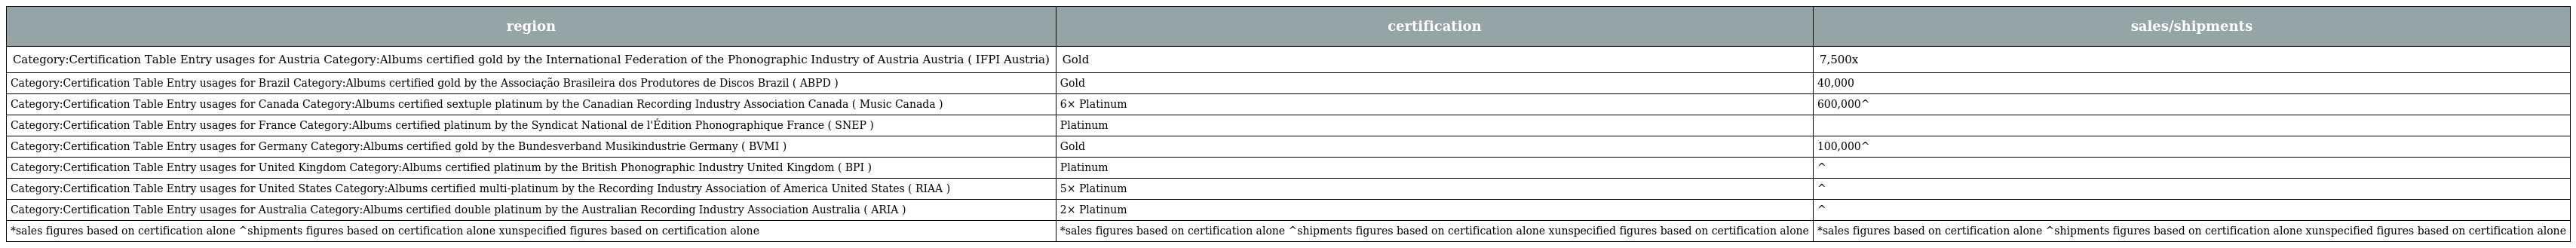
| region | certification | sales/shipments |
 | --- | --- | --- |
 | Category:Certification Table Entry usages for Austria Category:Albums certified gold by the International Federation of the Phonographic Industry of Austria Austria ( IFPI Austria) | Gold | 7,500x |
 | Category:Certification Table Entry usages for Brazil Category:Albums certified gold by the Associação Brasileira dos Produtores de Discos Brazil ( ABPD ) | Gold | 40,000 |
 | Category:Certification Table Entry usages for Canada Category:Albums certified sextuple platinum by the Canadian Recording Industry Association Canada ( Music Canada ) | 6× Platinum | 600,000^ |
 | Category:Certification Table Entry usages for France Category:Albums certified platinum by the Syndicat National de l'Édition Phonographique France ( SNEP ) | Platinum |  |
 | Category:Certification Table Entry usages for Germany Category:Albums certified gold by the Bundesverband Musikindustrie Germany ( BVMI ) | Gold | 100,000^ |
 | Category:Certification Table Entry usages for United Kingdom Category:Albums certified platinum by the British Phonographic Industry United Kingdom ( BPI ) | Platinum | ^ |
 | Category:Certification Table Entry usages for United States Category:Albums certified multi-platinum by the Recording Industry Association of America United States ( RIAA ) | 5× Platinum | ^ |
 | Category:Certification Table Entry usages for Australia Category:Albums certified double platinum by the Australian Recording Industry Association Australia ( ARIA ) | 2× Platinum | ^ |
 | *sales figures based on certification alone ^shipments figures based on certification alone xunspecified figures based on certification alone | *sales figures based on certification alone ^shipments figures based on certification alone xunspecified figures based on certification alone | *sales figures based on certification alone ^shipments figures based on certification alone xunspecified figures based on certification alone |